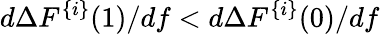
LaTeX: d\Delta F^{\{ i\} }(1)/df<d\Delta F^{\{ i\} }(0)/df